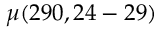
\mu ( 2 9 0 , 2 4 - 2 9 )